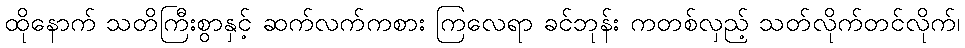
ထိုနောက် သတိကြီးစွာနှင့် ဆက်လက်ကစား ကြလေရာ ခင်ဘုန်း ကတစ်လှည့် သတ်လိုက်တင်လိုက်၊